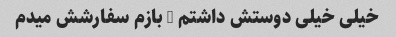
خیلی خیلی دوستش داشتم … بازم سفارشش میدم